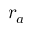
r _ { a }